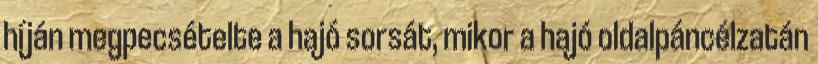
híján megpecsételte a hajó sorsát, mikor a hajó oldalpáncélzatán